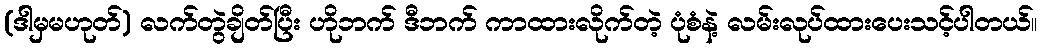
(ဒါမှမဟုတ်) လက်တွဲချိတ်ပြီး ဟိုဘက် ဒီဘက် ကာထားလိုက်တဲ့ ပုံစံနဲ့ လမ်းလုပ်ထားပေးသင့်ပါတယ်။